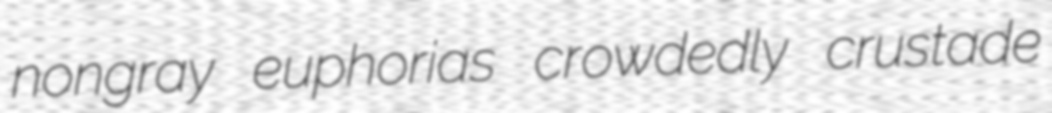
nongray euphorias crowdedly crustade